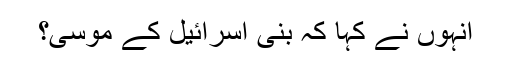
انہوں نے کہا کہ بنی اسرائیل کے موسیٰ؟